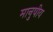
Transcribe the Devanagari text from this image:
मानुषीय